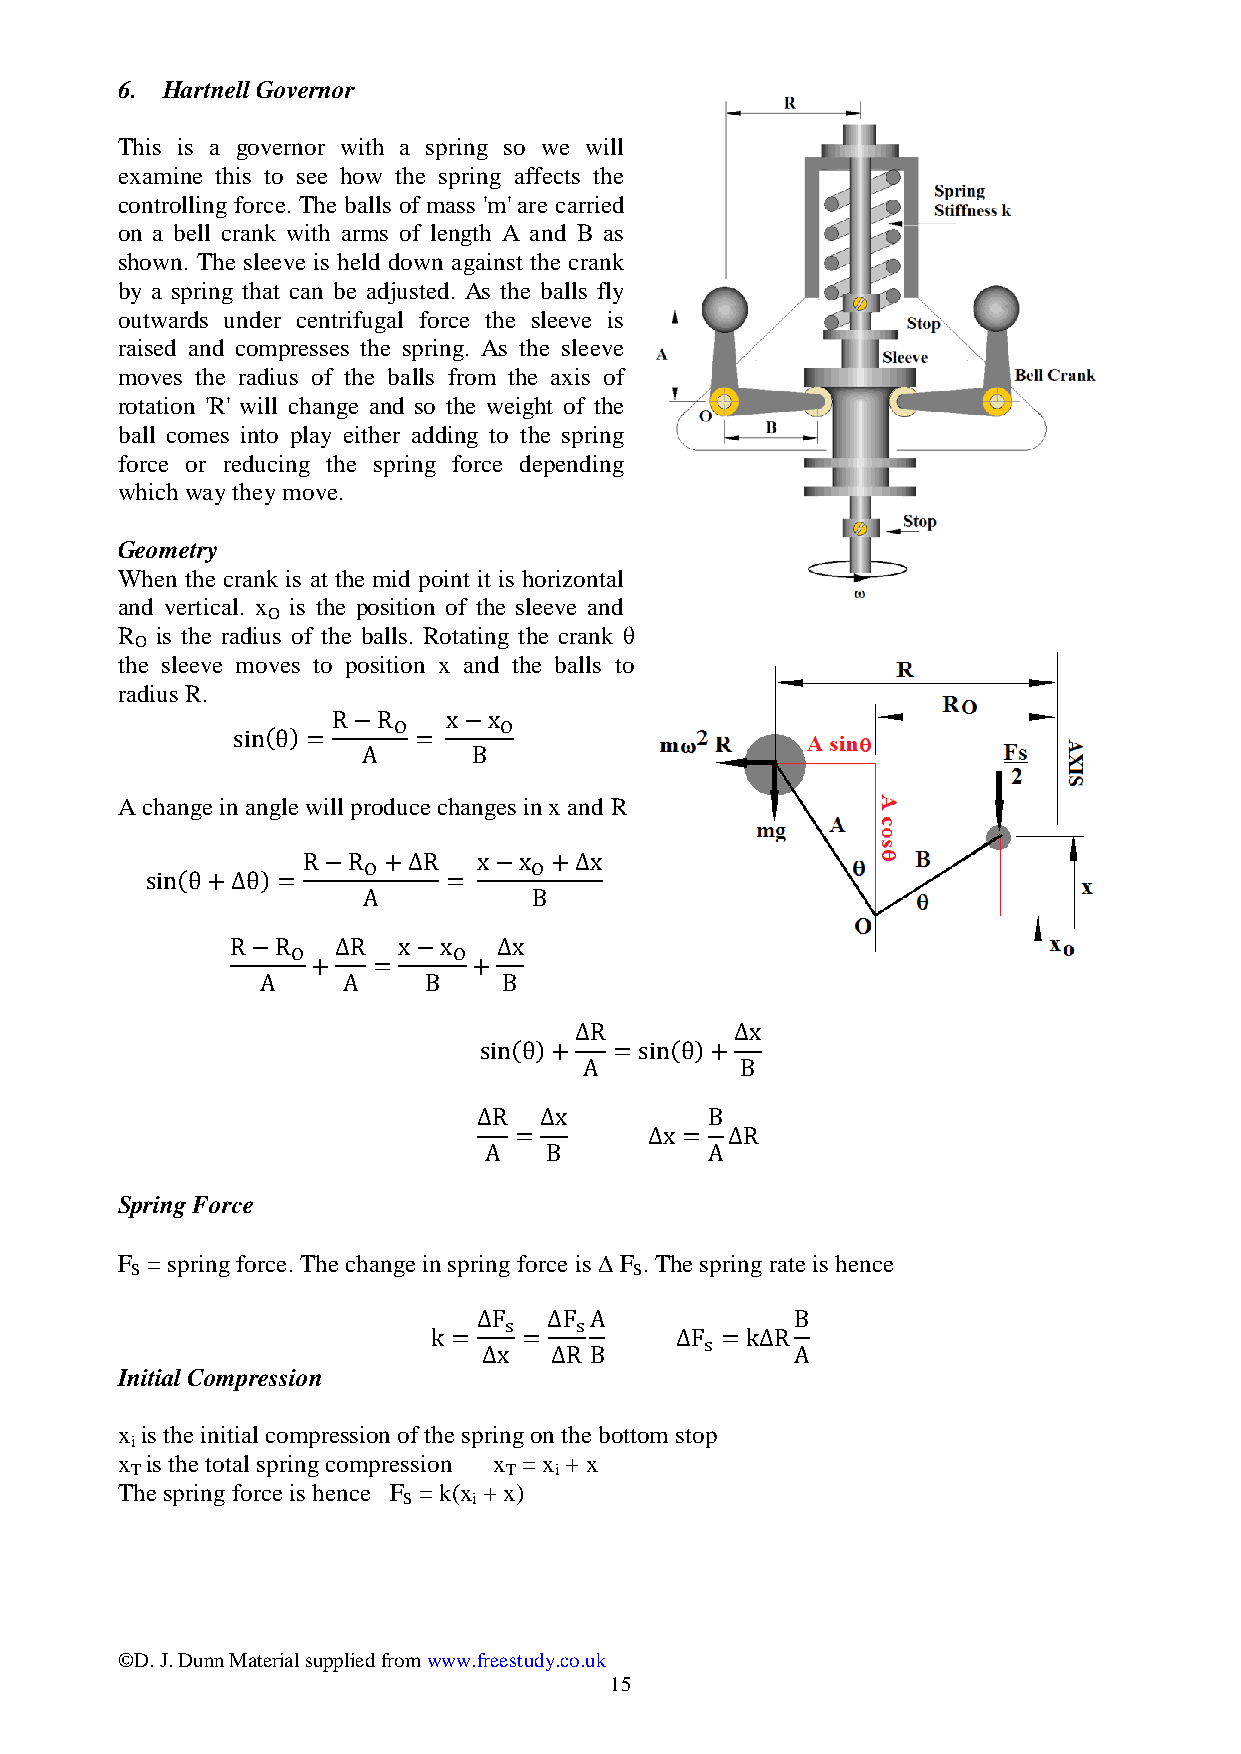
6. Hartnell Governor
 This is a governor with a spring so we will
 examine this to see how the spring affects the
 controlling force. The balls of mass 'm' are carried
 on a bell crank with arms of length A and B as
 shown. The sleeve is held down against the crank
 by a spring that can be adjusted. As the balls fly
 outwards under centrifugal force the sleeve is
 raised and compresses the spring. As the sleeve
 moves the radius of the balls from the axis of
 rotation 'R' will change and so the weight of the
 ball comes into play either adding to the spring
 force or reducing the spring force depending
 which way they move.
 Geometry
 When the crank is at the mid point it is horizontal
 and vertical. x is the position of the sleeve and
 O
 R is the radius of the balls. Rotating the crank θ
 O
 the sleeve moves to position x and the balls to
 radius R.
 A change in angle will produce changes in x and R
 Spring Force
 F = spring force. The change in spring force is  F . The spring rate is hence
 S                                S
 Initial Compression
 x is the initial compression of the spring on the bottom stop
 i
 x is the total spring compression x = x + x
 T                       T   i
 The spring force is hence F = k(x + x)
 S   i
 ©D. J. Dunn Material supplied from www.freestudy.co.uk
 15